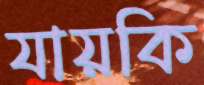
যায়কি